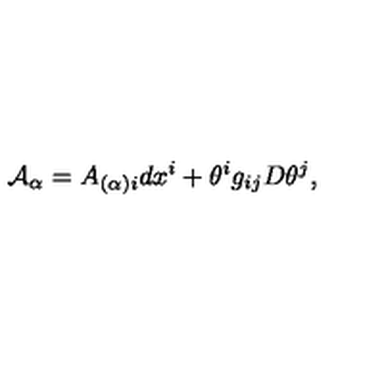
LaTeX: { \cal A } _ { \alpha } = A _ { ( \alpha ) i } d x ^ { i } + \theta ^ { i } g _ { i j } D \theta ^ { j } ,